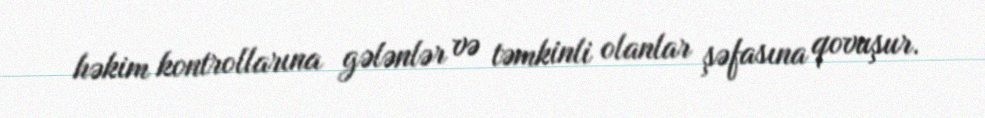
həkim kontrollarına gələnlər və təmkinli olanlar şəfasına qovuşur.